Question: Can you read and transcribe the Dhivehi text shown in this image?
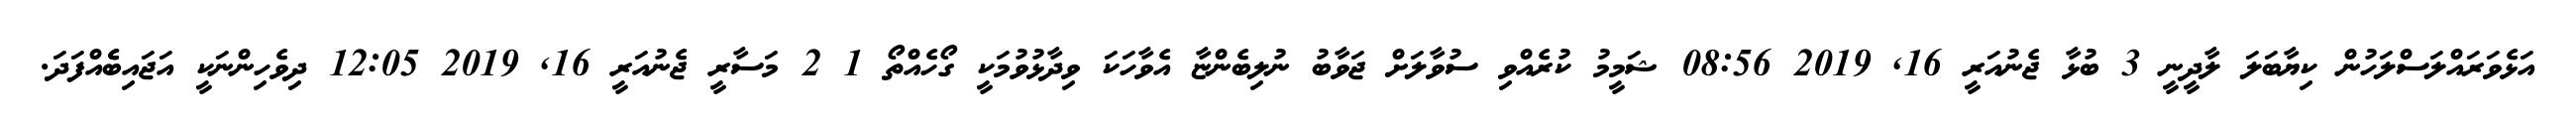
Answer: އަޅެވަރައްލަސްލަހުން ކިޔާބަލަ ލާދީނީ 3 ބުޅާ ޖެނުއަރީ 16, 2019 08:56 ޝަމީމު ކުރެއްވި ސުވާލަށް ޖަވާބު ނުލިބެންޏާ އެވާހަކަ ވިދާޅުވުމަކީ ގޯހެއްތޯ 1 2 މަސާރީ ޖެނުއަރީ 16, 2019 12:05 ދިވެހިންނަކީ އަޖައިބެެއްފަދަ.